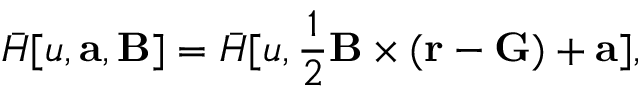
\bar { H } [ u , \mathbf { a } , \mathbf { B } ] = \bar { H } [ u , \frac { 1 } { 2 } \mathbf { B } \times ( \mathbf { r } - \mathbf { G } ) + \mathbf { a } ] ,